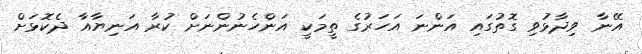
އޭނާ ވިދާޅުވި ގޮތުގައި އަންނަ އަހަރުގެ ތީމަކީ އަންހެނުންނަށް ކުރާ އަނިޔާއާ ދެކޮޅަށް